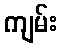
ကျမ်း